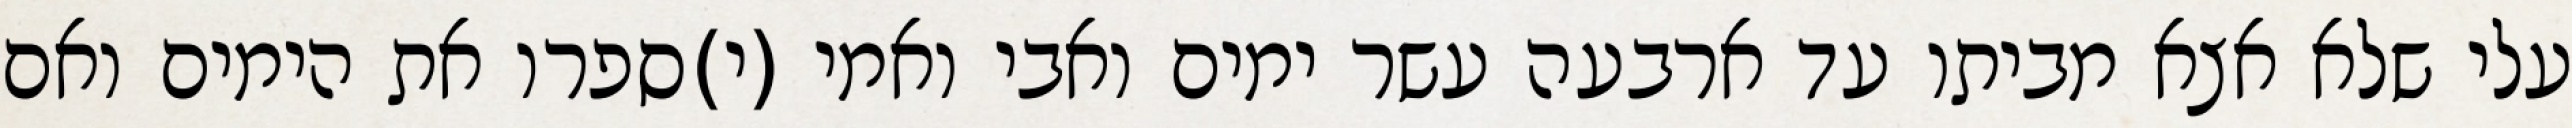
עלי שלא אצא מביתו עד ארבעה עשר ימים ואבי ואמי (י)ספרו את הימים ואם